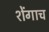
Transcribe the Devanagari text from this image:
शेंगाच